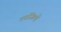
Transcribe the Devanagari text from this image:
उपजिल्हे